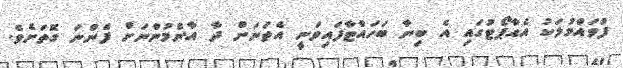
ފުވައްމުލަކު އެއާޕޯޓުގައި އެ ބިނާ ބަހައްޓާފައިވަނީ އެތަނަށް ދާ އާންމުންނަށް ފެންނަ ގޮތަށެވެ.